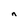
Character: n